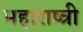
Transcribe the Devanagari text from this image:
महाराष्त्री